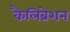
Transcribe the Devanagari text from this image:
कैलिब्रेशन